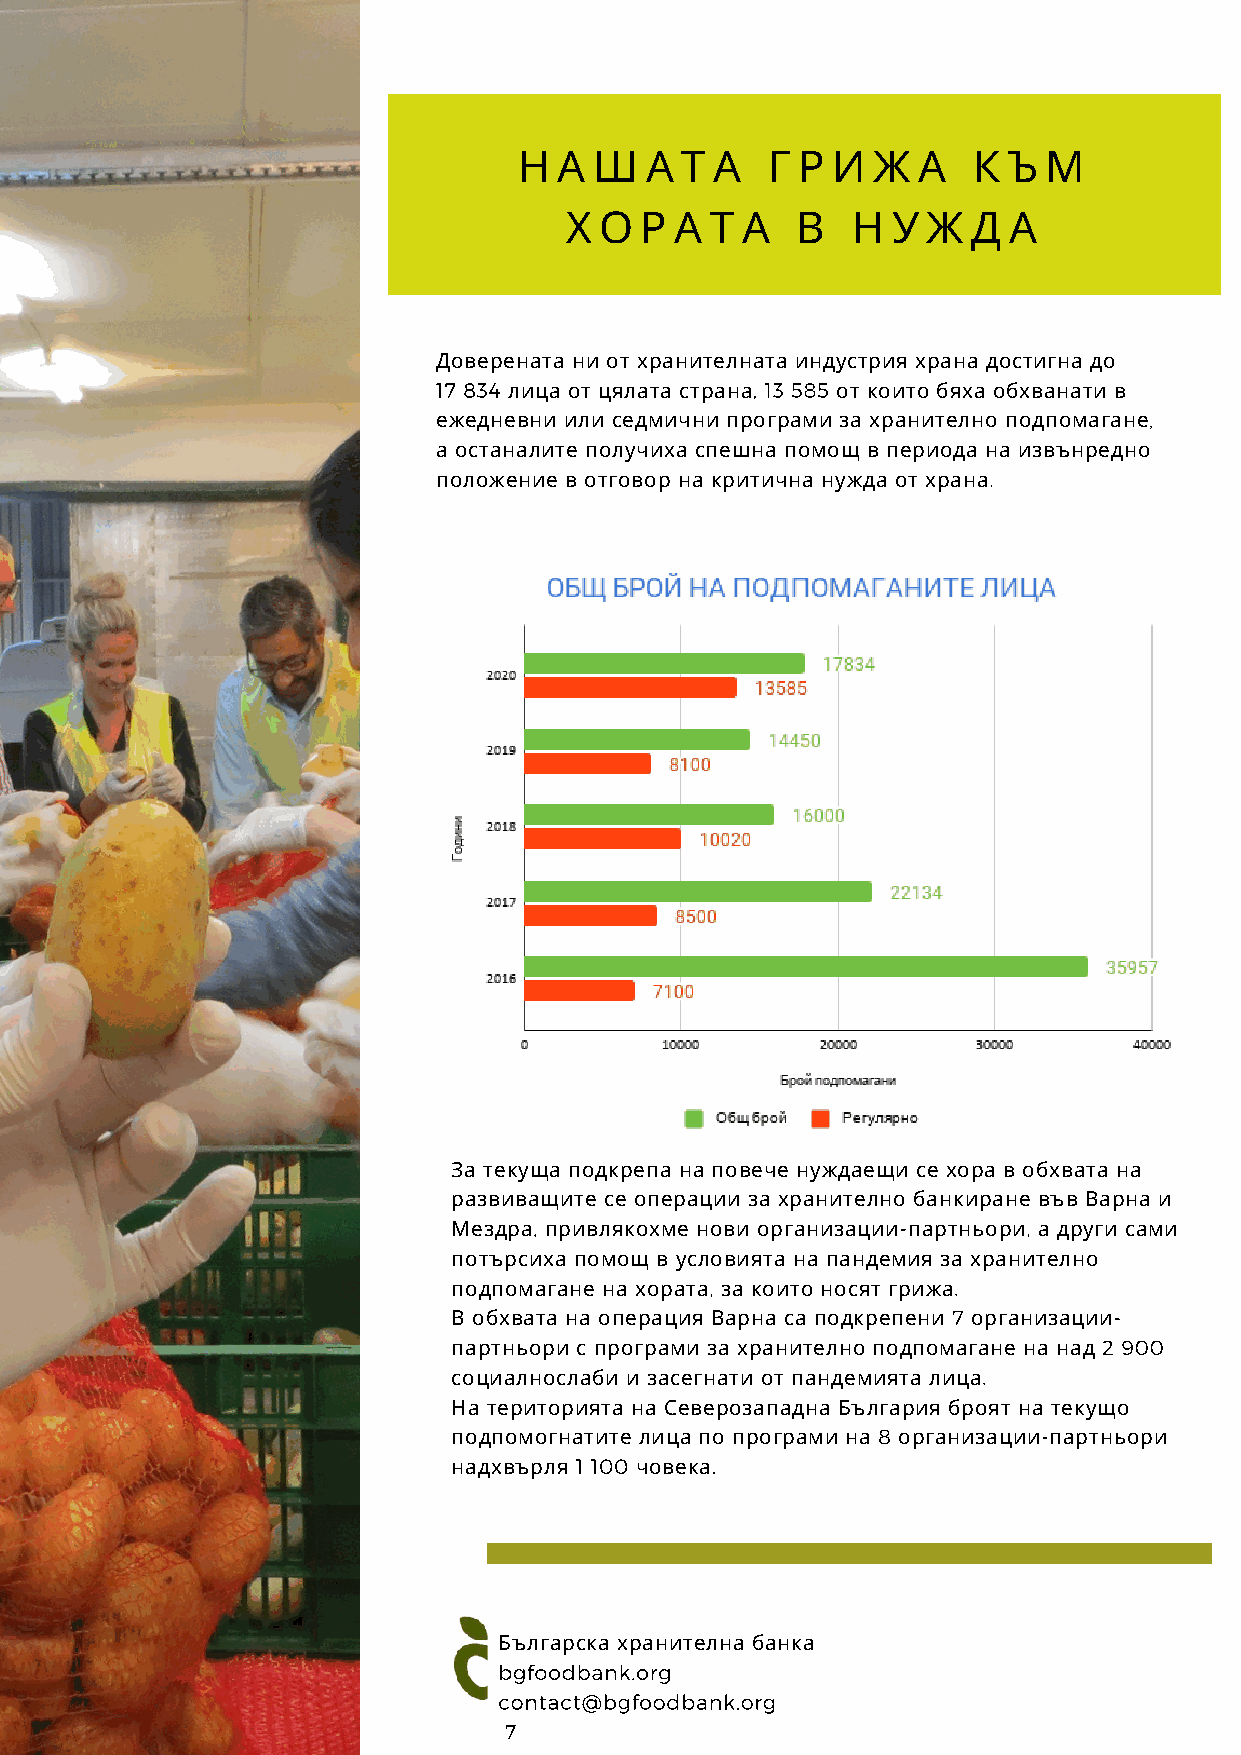
Н  А Ш   А Т А   Г Р И  Ж  А  К  Ъ М
 Х  О Р  А Т А   В  Н  У Ж  Д  А
 Доверената ни от хранителната индустрия храна достигна до
 17 834 лица от цялата страна, 13 585 от които бяха обхванати в
 ежедневни или седмични програми за хранително подпомагане,
 а останалите получиха спешна помощ в периода на извънредно
 положение в отговор на критична нужда от храна.
 За текуща подкрепа на повече нуждаещи се хора в обхвата на
 развиващите се операции за хранително банкиране във Варна и
 Мездра, привлякохме нови организации-партньори, а други сами
 потърсиха помощ в условията на пандемия за хранително
 подпомагане на хората, за които носят грижа.
 В обхвата на операция Варна са подкрепени 7 организации-
 партньори с програми за хранително подпомагане на над 2 900
 социалнослаби и засегнати от пандемията лица.
 На територията на Северозападна България броят на текущо
 подпомогнатите лица по програми на 8 организации-партньори
 надхвърля 1 100 човека.
 Българска хранителна банка
 bgfoodbank.org
 contact@bgfoodbank.org
 7